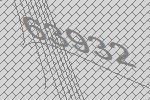
63932